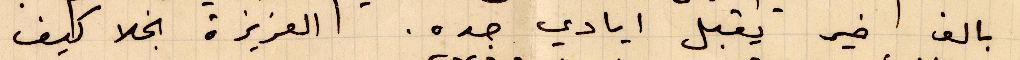
بالف خير يقبل ايادي جده. العزيزة نجلا كيف